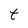
Character: t